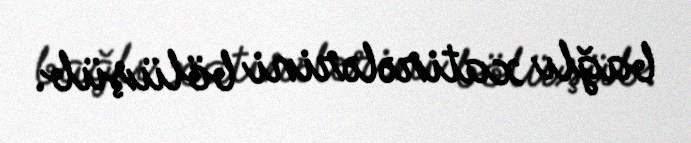
bağlı xatirələrini bölüşüb.